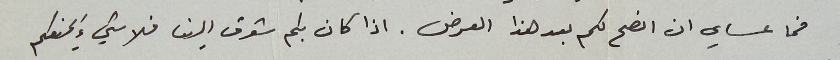
فما عساي ان انصح لكم بعد هذا العرض . اذا كان بكم شوق الينا فلا شيءَ يمنعكم